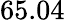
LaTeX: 65.04